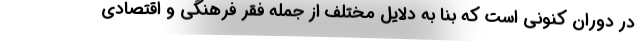
در دوران کنونی است که بنا به دلایل مختلف از جمله فقر فرهنگی و اقتصادی